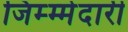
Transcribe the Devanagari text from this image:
जिम्म्मेदारी